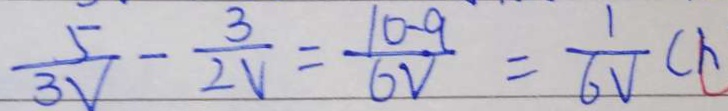
\frac { 5 } { 3 V } - \frac { 3 } { 2 V } = \frac { 1 0 - 9 } { 6 V } = \frac { 1 } { 6 V } c h